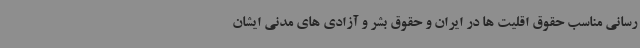
رسانی مناسب حقوق اقلیت ها در ایران و حقوق بشر و آزادی های مدنی ایشان